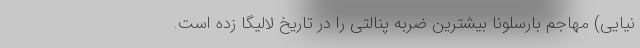
نیایی) مهاجم بارسلونا بیشترین ضربه پنالتی را در تاریخ لالیگا زده است.